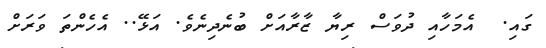
ގައި.  އެމަހާއި ދުވަސް ރިޔާ ޒާރާއަށް ބުނެދިނެވެ. އަޅޭ.. އެހެންތަ ވަރަށް